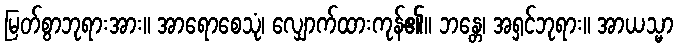
မြတ်စွာဘုရားအား။ အာရောစေသုံ၊ လျှောက်ထားကုန်၏။ ဘန္တေ၊ အရှင်ဘုရား။ အာယသ္မာ